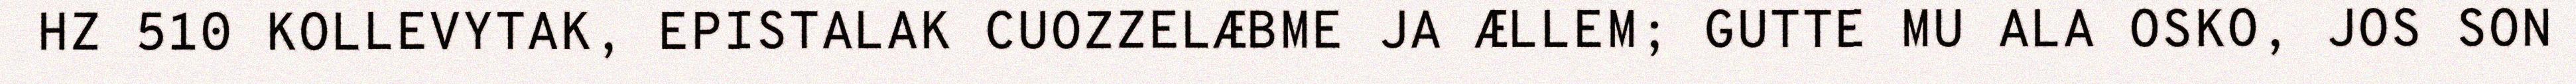
HZ 510 KOLLEVYTAK, EPISTALAK CUOZZELÆBME JA ÆLLEM; GUTTE MU ALA OSKO, JOS SON